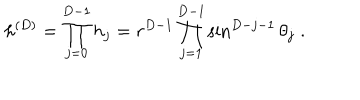
h ^ { ( { D } ) } = \prod _ { j = 0 } ^ { { D - 1 } } h _ { j } = r ^ { { D } - 1 } \prod _ { j = 1 } ^ { { D } - 1 } \sin ^ { { D } - j - 1 } \theta _ { j } \; .